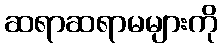
ဆရာဆရာမများကို